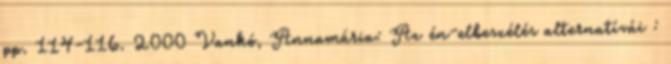
pp. 114-116. 2000 Vankó, Annamária: Az én-elbeszélés alternatívái :